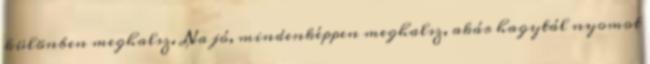
különben meghalsz. Na jó, mindenképpen meghalsz, akár hagytál nyomot